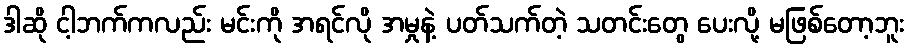
ဒါဆို ငါ့ဘက်ကလည်း မင်းကို အရင်လို အမှုနဲ့ ပတ်သက်တဲ့ သတင်းတွေ ပေးလို့ မဖြစ်တော့ဘူး